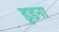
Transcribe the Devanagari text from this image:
डूडना